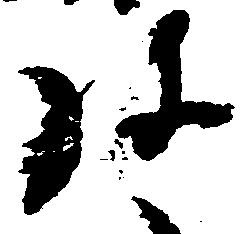
弥